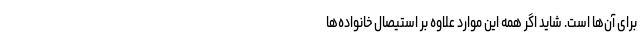
برای آن‌ها است. شاید اگر همه این موارد علاوه بر استیصال خانواده‌ها